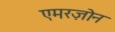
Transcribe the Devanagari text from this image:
एमरज़ोन